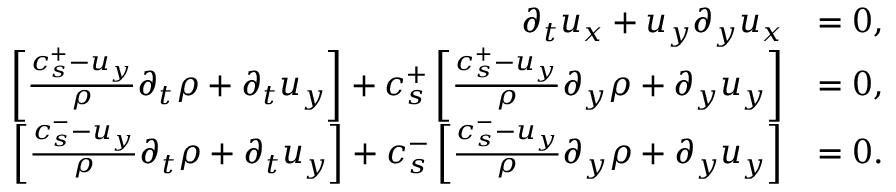
\begin{array} { r l } { \partial _ { t } u _ { x } + u _ { y } \partial _ { y } u _ { x } } & { = 0 , } \\ { \left[ \frac { c _ { s } ^ { + } - u _ { y } } { \rho } \partial _ { t } \rho + \partial _ { t } u _ { y } \right] + c _ { s } ^ { + } \left[ \frac { c _ { s } ^ { + } - u _ { y } } { \rho } \partial _ { y } \rho + \partial _ { y } u _ { y } \right] } & { = 0 , } \\ { \left[ \frac { c _ { s } ^ { - } - u _ { y } } { \rho } \partial _ { t } \rho + \partial _ { t } u _ { y } \right] + c _ { s } ^ { - } \left[ \frac { c _ { s } ^ { - } - u _ { y } } { \rho } \partial _ { y } \rho + \partial _ { y } u _ { y } \right] } & { = 0 . } \end{array}